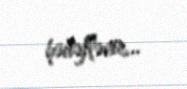
hədəflənir...